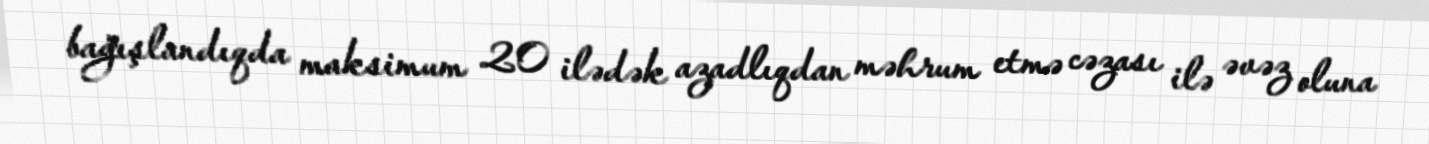
bağışlandıqda maksimum 20 ilədək azadlıqdan məhrum etmə cəzası ilə əvəz oluna